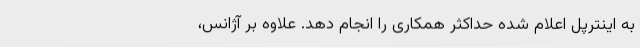
به اینترپل اعلام شده حداکثر همکاری را انجام دهد. علاوه بر آژانس،